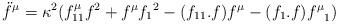
LaTeX: \begin{align*}\ddot{f}^{\mu}=\kappa^2(f^{\mu}_{11}f^2 + f^\mu{f_1}^2-(f_{11}.f)f^{\mu}-(f_1.f){f^\mu}_1) \end{align*}